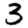
Digit: 3